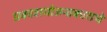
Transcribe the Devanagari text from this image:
प्रकाशयोजनाकाराचे